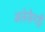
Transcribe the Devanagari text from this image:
अलेज़ैनड्रीं